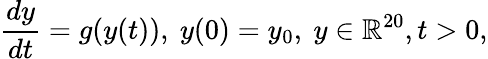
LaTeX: \frac{dy}{dt}=g(y(t)),~y(0)=y_{0},~y\in\mathbb{R}^{20},t>0,